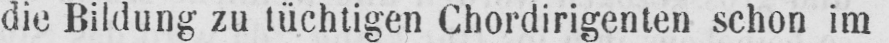
die Bildung zu tüchtigen Chordirigenten schon im